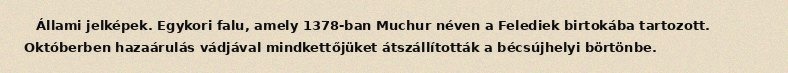
Állami jelképek. Egykori falu, amely 1378-ban Muchur néven a Felediek birtokába tartozott. Októberben hazaárulás vádjával mindkettőjüket átszállították a bécsújhelyi börtönbe.